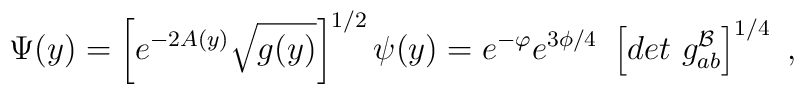
\Psi (y) = \left[ e^{-2 A(y)} \sqrt{g(y)} \right]^{1/2} \psi(y)= e^{- \varphi} e^{3 \phi/4} ~ \left[ det~g_{ab}^{\cal{B}} \right]^{1/4} ~,